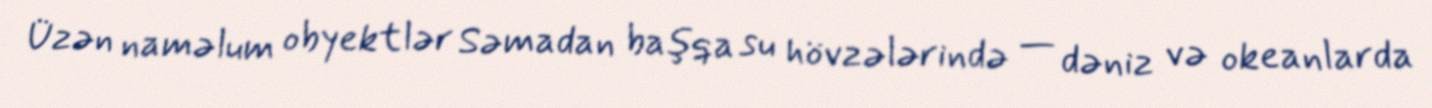
Üzən naməlum obyektlər Səmadan başqa su hövzələrində — dəniz və okeanlarda